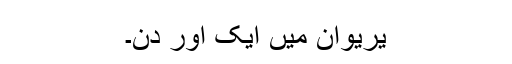
یریوان میں ایک اور دن۔